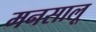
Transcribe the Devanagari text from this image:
मनसालू